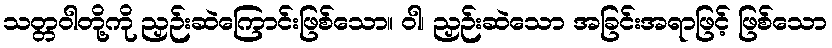
သတ္တဝါတို့ကို ညှဉ်းဆဲကြောင်းဖြစ်သော။ ဝါ၊ ညှဉ်းဆဲသော အခြင်းအရာဖြင့် ဖြစ်သော